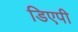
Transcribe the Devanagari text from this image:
डिएपी